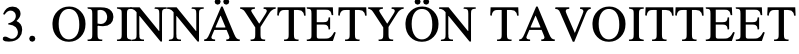
3. OPINNÄYTETYÖN TAVOITTEET